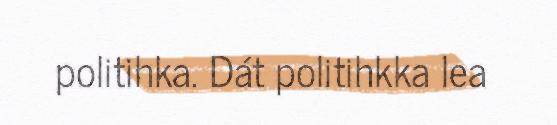
politihka. Dát politihkka lea